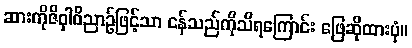
ဆားကိုဇိဝှါဝိညာဉ်ဖြင့်သာ ငန်သည်ကိုသိရကြောင်း ဖြေဆိုထားပုံ။